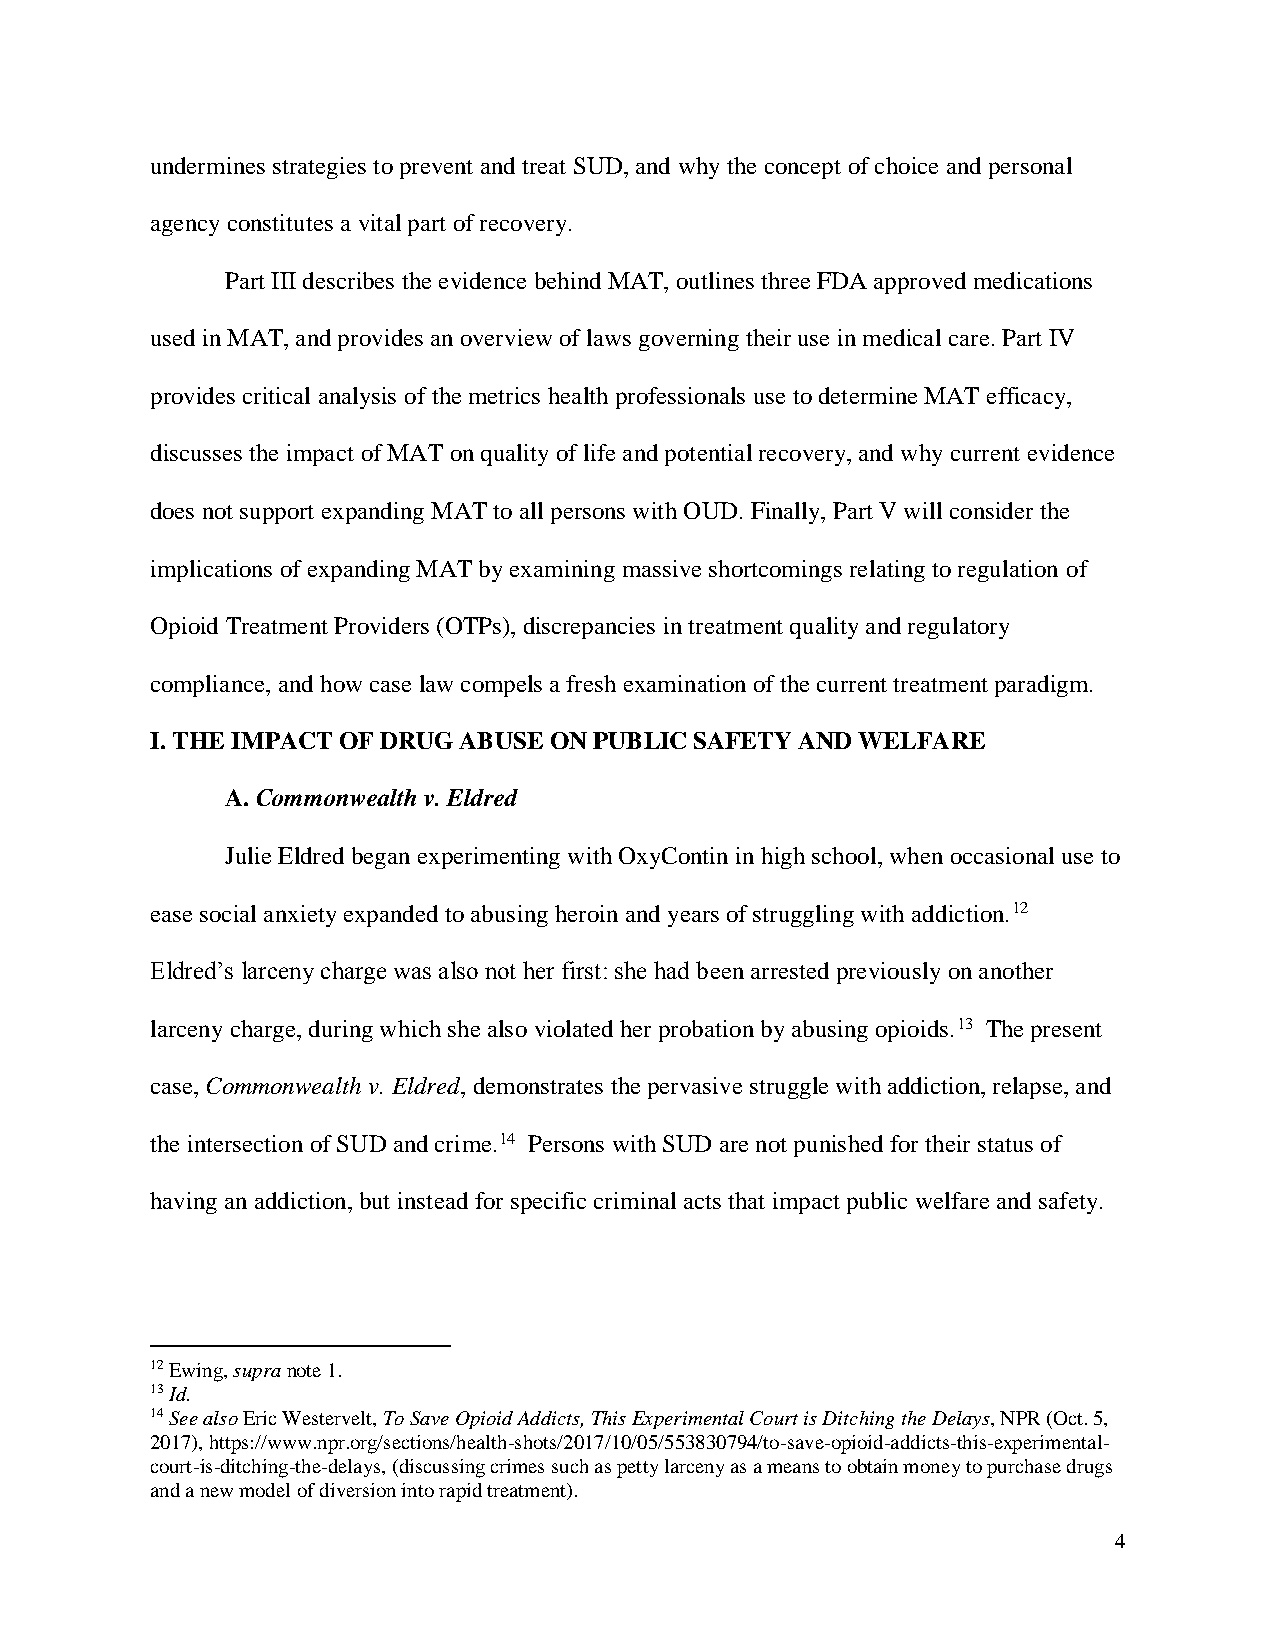
undermines strategies to prevent and treat SUD, and why the concept of choice and personal
 agency constitutes a vital part of recovery.
 Part III describes the evidence behind MAT, outlines three FDA approved medications
 used in MAT, and provides an overview of laws governing their use in medical care. Part IV
 provides critical analysis of the metrics health professionals use to determine MAT efficacy,
 discusses the impact of MAT on quality of life and potential recovery, and why current evidence
 does not support expanding MAT to all persons with OUD. Finally, Part V will consider the
 implications of expanding MAT by examining massive shortcomings relating to regulation of
 Opioid Treatment Providers (OTPs), discrepancies in treatment quality and regulatory
 compliance, and how case law compels a fresh examination of the current treatment paradigm.
 I. THE IMPACT OF DRUG ABUSE ON PUBLIC SAFETY AND WELFARE
 A. Commonwealth v. Eldred
 Julie Eldred began experimenting with OxyContin in high school, when occasional use to
 ease social anxiety expanded to abusing heroin and years of struggling with addiction.12
 Eldred’s larceny charge was also not her first: she had been arrested previously on another
 larceny charge, during which she also violated her probation by abusing opioids.13 The present
 case, Commonwealth v. Eldred, demonstrates the pervasive struggle with addiction, relapse, and
 the intersection of SUD and crime.14 Persons with SUD are not punished for their status of
 having an addiction, but instead for specific criminal acts that impact public welfare and safety.
 12 Ewing, supra note 1.
 13 Id.
 14 See also Eric Westervelt, To Save Opioid Addicts, This Experimental Court is Ditching the Delays, NPR (Oct. 5,
 2017), https://www.npr.org/sections/health-shots/2017/10/05/553830794/to-save-opioid-addicts-this-experimental-
 court-is-ditching-the-delays, (discussing crimes such as petty larceny as a means to obtain money to purchase drugs
 and a new model of diversion into rapid treatment).
 4